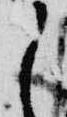
之